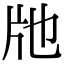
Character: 𤖪